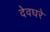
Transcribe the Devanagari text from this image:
देवघरे